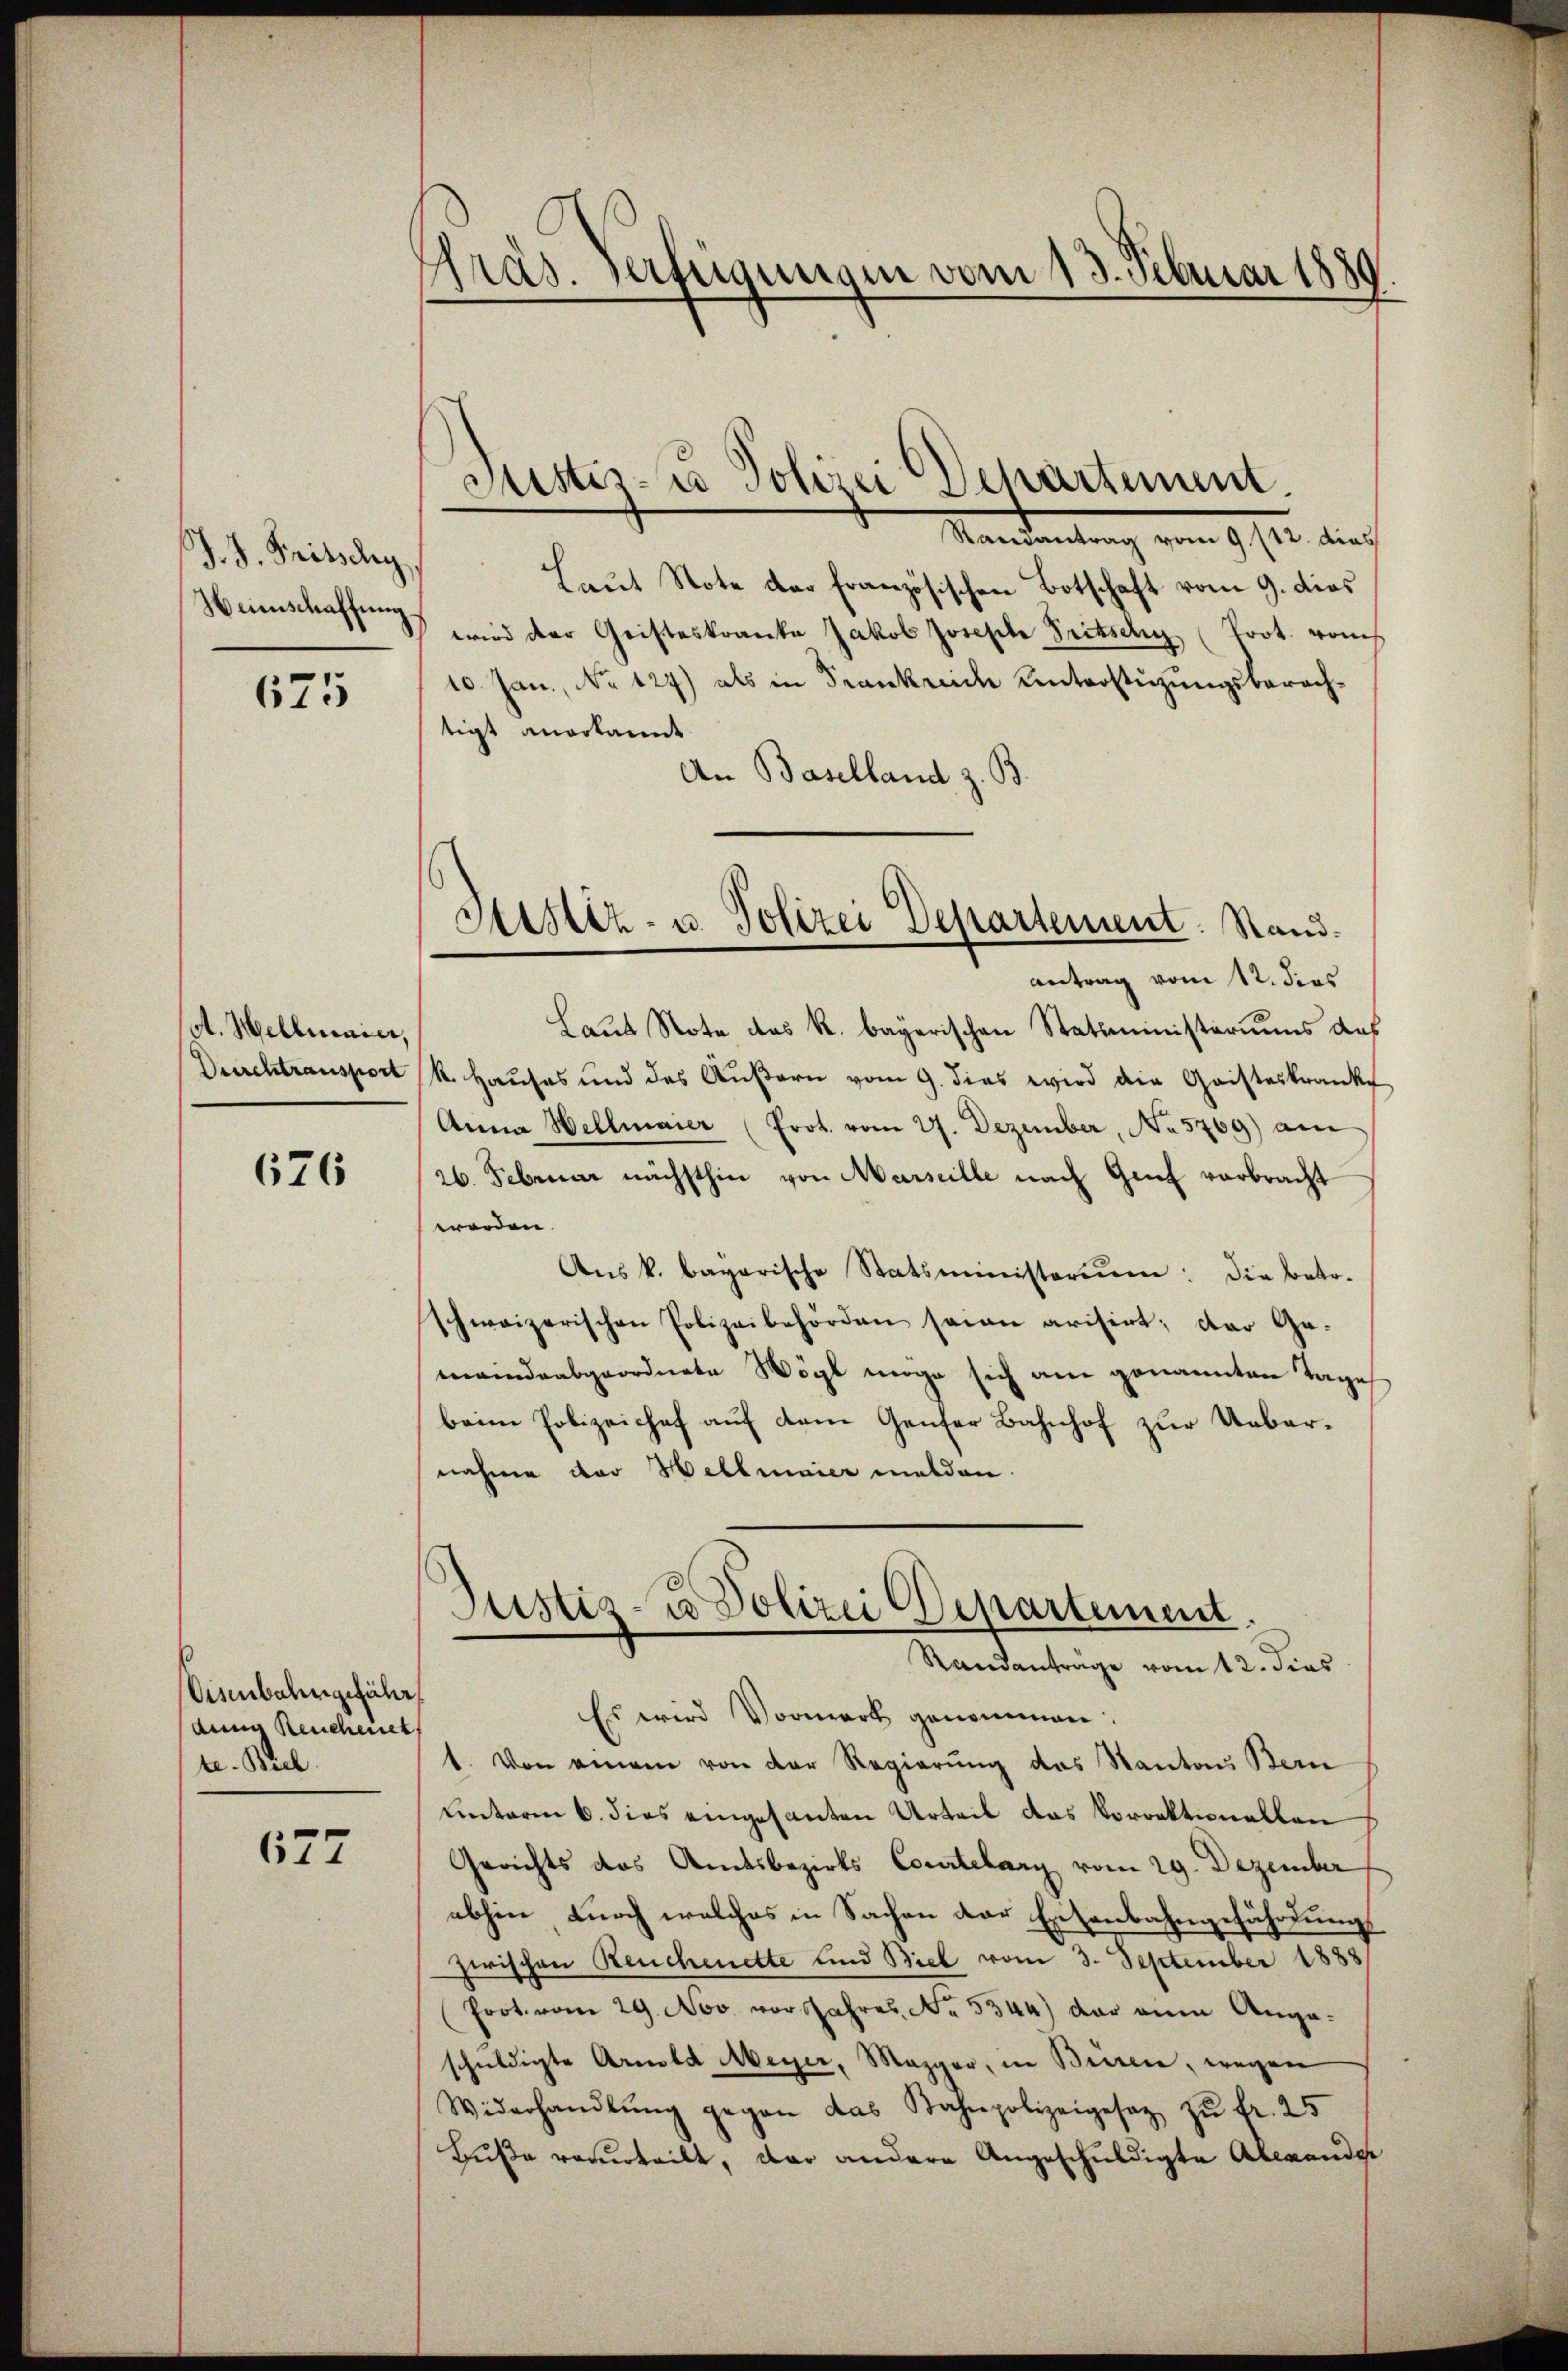
J. J. Tritschy,
Weinschaffung.

675

A. Hellmaier
Drerchtransport

676

Eisenbahngefähr
den Reucheiner
te. Biel

677

Präs. Verfügungen vom 13. Februar 1850

Justiz-Co Polizei Departement

Sistiz- u. Polizei Departement. Stand.
antrag vom 12. dies

Mandantung vom 9. 17ten dies
Laut Stote der französischen Botschaft vom 9. dies
wird der Geisteskranke Jakob Joseph Tritschy (Prot. vom
10. Jan., No 127) als in Frankreich Unterstüzungsberachtigt anerkannt
An Baselland z. B.
Laus Note das k. bayerischen Statsministeriums das
k. Hauses und des Aŭβern vom 9. dies wird die Geisteskranke
Anna Hellmaier (Prot. vom 27. Dezember, No 5709) am
26. Februar nächsthin von Marseille nach Genf verbracht
worden.
Ans k. bayarische Statsministerium: die betr.
schweizerischen Polizeibehörden seien arisirt; der Ge-
meindeabgeordnete Wögl möge sich am genannten Tage
beim Polizeichef auf dem Genfer Bahnhof zur Uebernahme der Hellmaier melden.
Justiz- u Polizei Departement
Randantrage vom 12. dies
Es wird Vormerk genommen.
t. Von einem von der Regierung des Kantons Bern
Unterm 6. dies eingesanten Urteil das Vorrektionellen
Gerichts das Amtsbezirks Courtelary vom 29. Dezember
abhin durch welches in Sachen der Eisenbahngefährdungs
zwischen Reuchenette und Biel vom 3. September 1888
Prot. vom 29. Nov. vor Jahres No. 5344) der ain Angaschuldigte Arnold Meyer, Mezger, in Bieren, wegen
Widerhandlŭng gegen das Bahnpolizeigesez zŭ fr. 25
Buße verurteilt, das andere Angeschuldigte Alexander